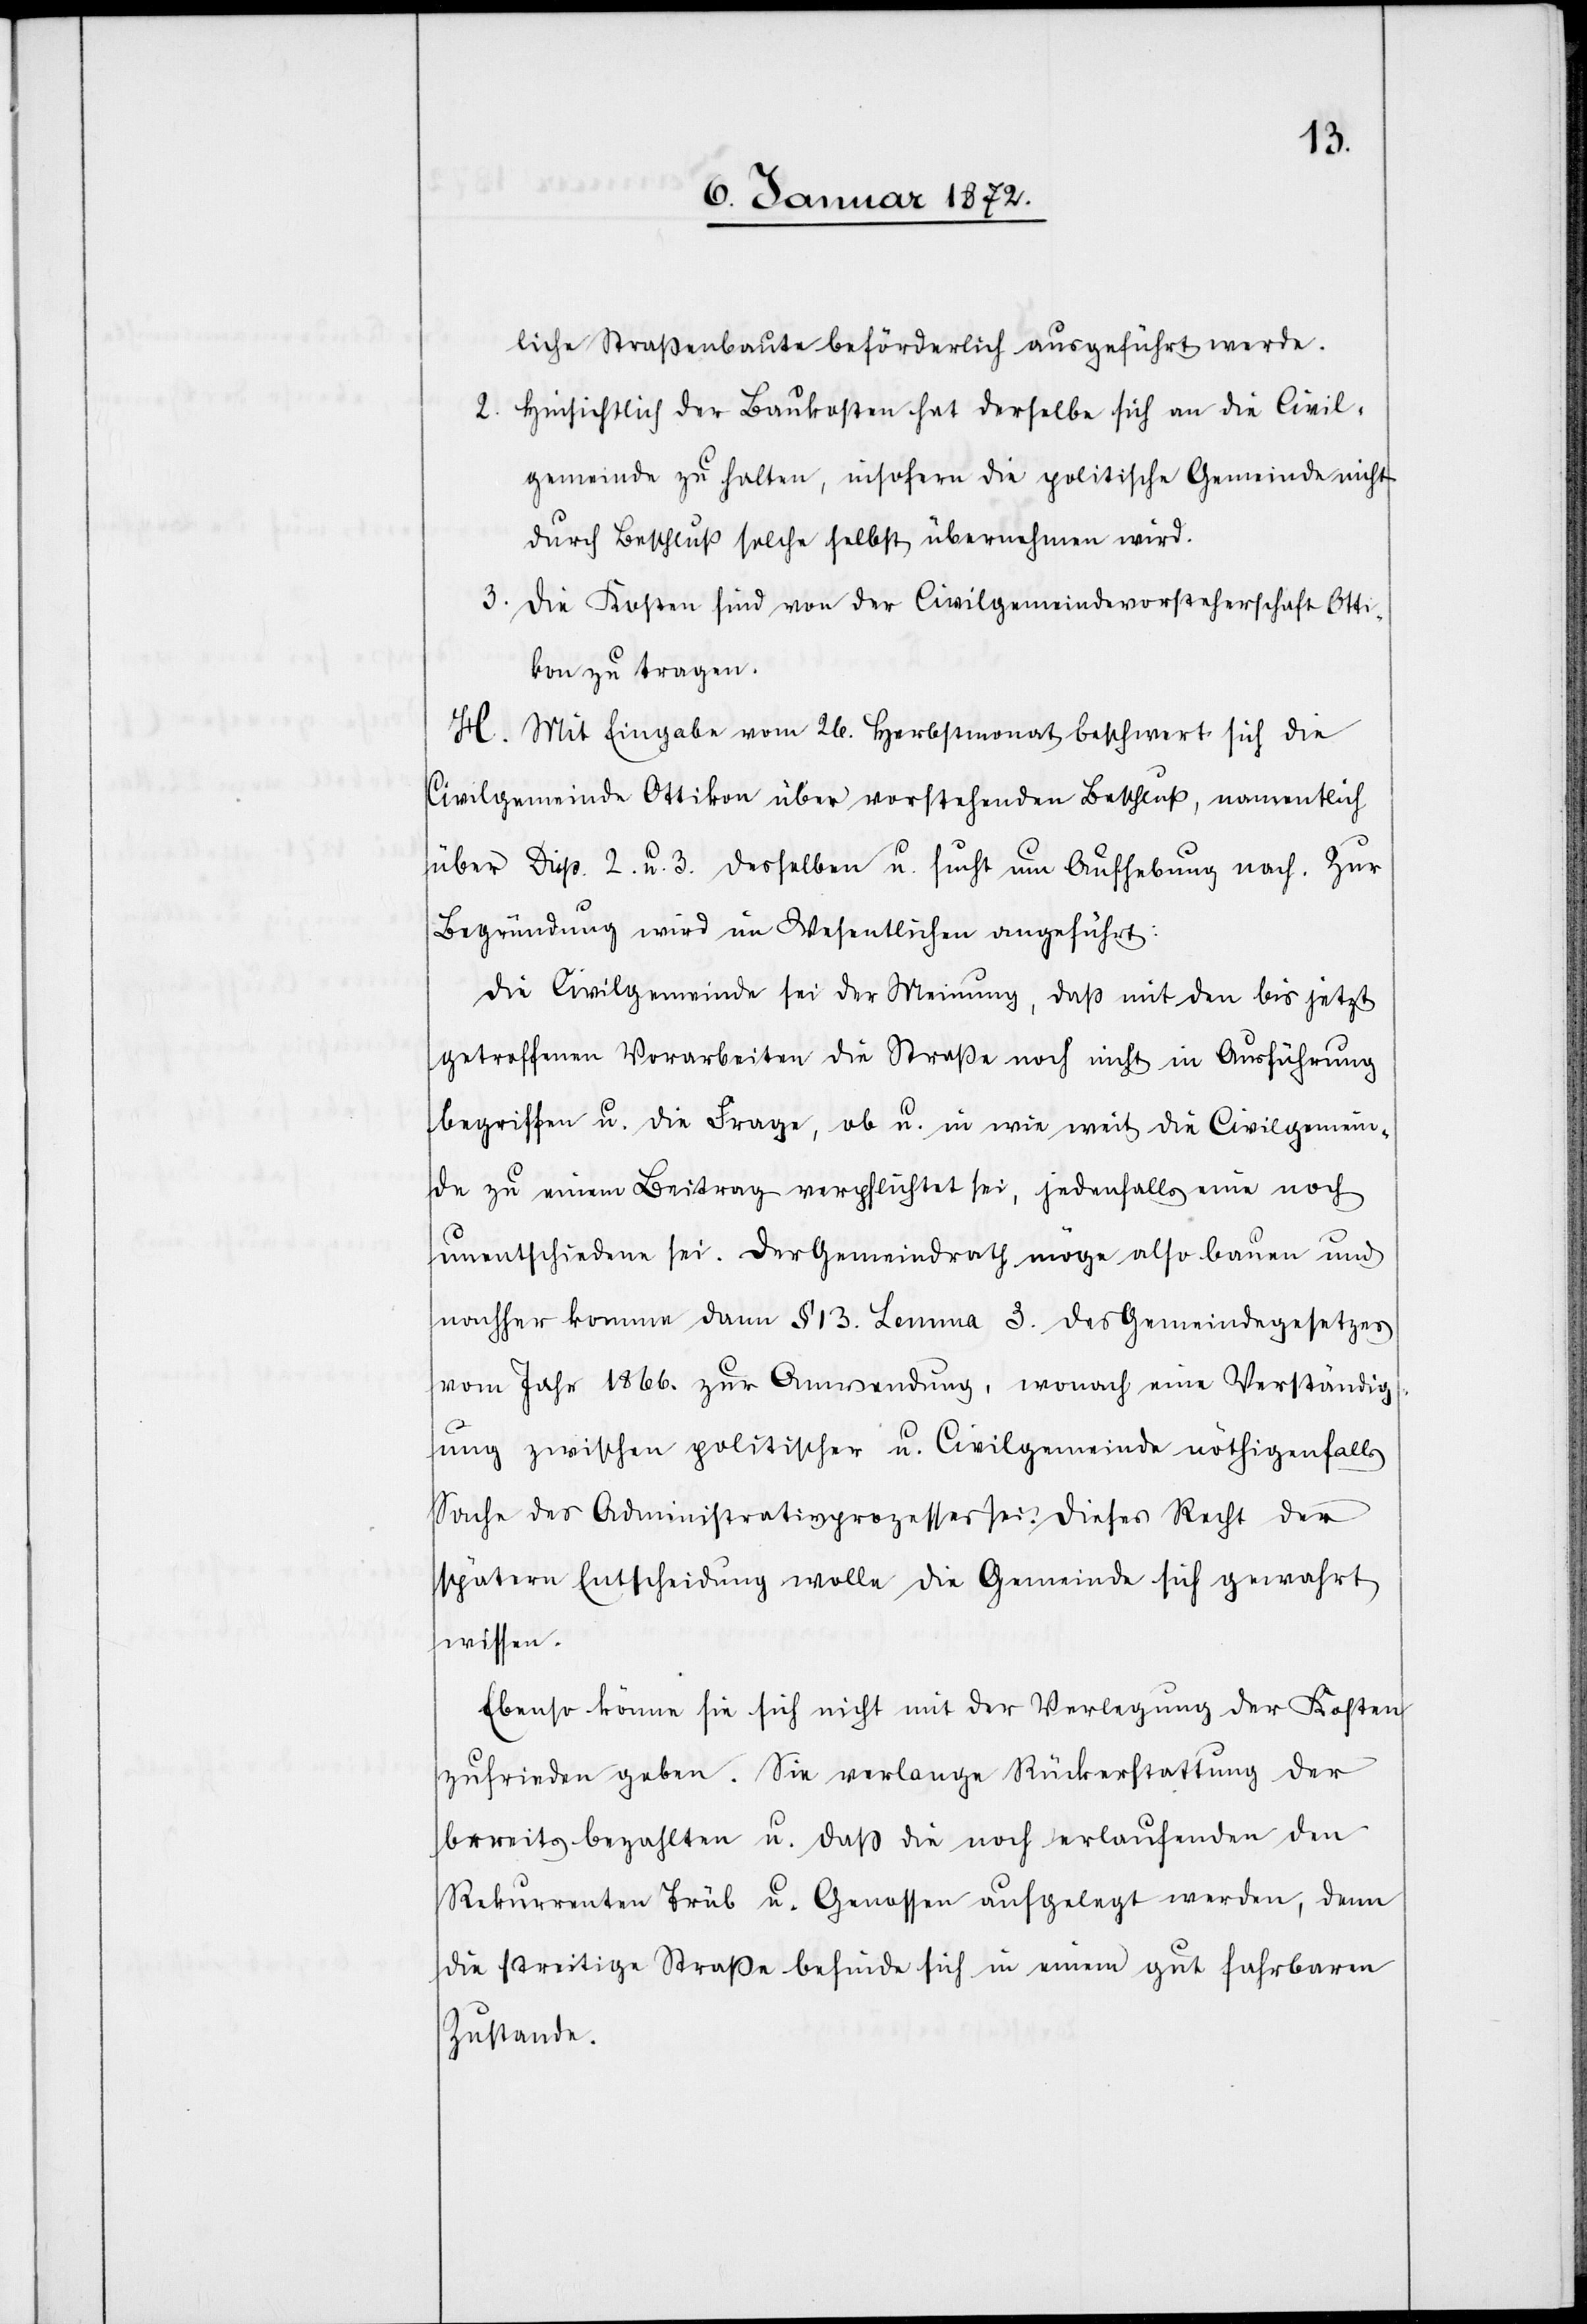
liche Straßenbaute beförderlich ausgeführt werde.
Hinsichtlich der Baukosten hat derselbe sich an die Civil¬
gemeinde zu halten, insofern die politische Gemeinde nicht
durch Beschluß solche selbst übernehmen wird.
Die Kosten sind von der Civilgemeindevorsteherschaft Otti¬
kon zu tragen.
H. Mit Eingabe vom 26. Herbstmonat beschwert sich die
Civilgemeinde Ottikon über vorstehenden Beschluß, namentlich
über Disp. 2. U 3. desselben u. sucht um Aufhebung nach. Zur
Begründung wird im Wesentlichen angeführt:
Die Civilgemeinde sei der Meinung, daß mit den bis jetzt
getroffenen Vorarbeiten die Straße noch nicht in Ausführung
begriffen u. die Frage, ob u. in wie weit die Civilgemein¬
de zu einem Beitrag verpflichtet sei, jedenfalls eine noch
unentschiedene sei. Der Gemeindrath möge also bauen und
nachher komme dann § 13. Lemma 3. des Gemeindegesetzes
vom Jahr 1866. zur Anwendung, wonach eine Verständig¬
ung zwischen politischer u. Civilgemeinde nöthigenfalls
Sache des Administrativprozesses sei. Dieses Recht der
spätern Entscheidung wolle die Gemeinde sich gewahrt
wissen.
Ebenso könne sie sich nicht mit der Verlegung der Kosten
zufrieden geben. Sie verlange Rückerstattung der
bereits bezahlten u. daß die noch erlaufenden den
Rekurrenten Trüb u. Genossen aufgelegt werden, denn
die streitige Straße befinde sich in einem gut fahrbaren
Zustande.